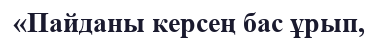
«Пайданы керсең бас ұрып,